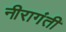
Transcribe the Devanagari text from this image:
नीरागंती